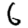
Digit: 6